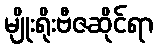
မျိုးရိုးဗီဇဆိုင်ရာ